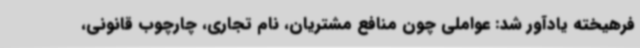
فرهیخته یادآور شد: عواملی چون منافع مشتریان، نام تجاری، چارچوب قانونی،